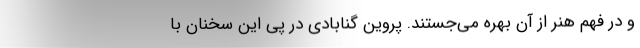
و در فهم هنر از آن بهره می‌جستند. پروین گنابادی در پی این سخنان با